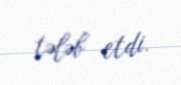
tələb etdi.